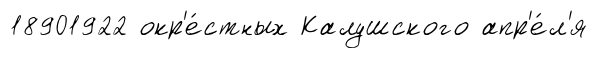
18901922 окр'е́стных Калушского апр'е́л'я